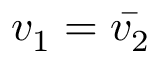
v _ { 1 } = \bar { v _ { 2 } }